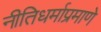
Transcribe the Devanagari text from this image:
नीतिधर्माप्रमाणे